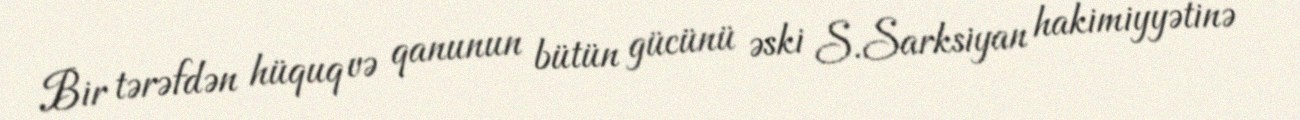
Bir tərəfdən hüquq və qanunun bütün gücünü əski S.Sarksiyan hakimiyyətinə